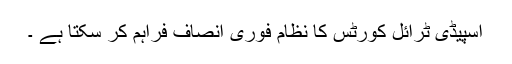
اسپیڈی ٹرائل کورٹس کا نظام فوری انصاف فراہم کر سکتا ہے ۔